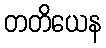
တတိယေန